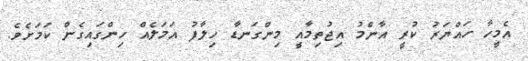
އެމީހާ ހައްޔަރު ކުރީ އާންމު އިޖުތިމާއީ މިންގަނޑާ ހިލާފު އަމަލެއް ހިންގައިގެން ކަމަށެވެ.